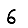
Digit: 6